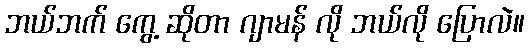
ဘယ်ဘက် ကွေ့ ဆိုတာ ဂျာမန် လို ဘယ်လို ပြောလဲ။